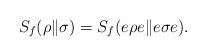
LaTeX: \begin{align*}S_f(\rho\|\sigma)=S_f(e\rho e\|e\sigma e).\end{align*}